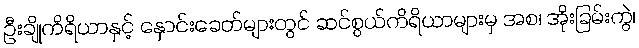
ဦးချိုကိရိယာနှင့် နှောင်းခေတ်များတွင် ဆင်စွယ်ကိရိယာများမှ အစ၊ အိုးခြမ်းကွဲ၊